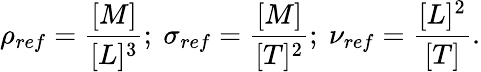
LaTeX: \rho_{ref}=\frac{[M]}{[L]^{3}};\ \sigma_{ref}=\frac{[M]}{[T]^{2}};\ \nu_{ref}=\frac{[L]^{2}}{[T]}.